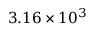
3 . 1 6 \times 1 0 ^ { 3 }